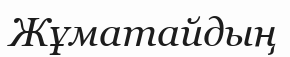
Жұматайдың